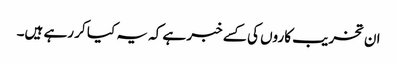
ان تخریب کاروں کی کسے خبر ہے کہ یہ کیا کر رہے ہیں۔